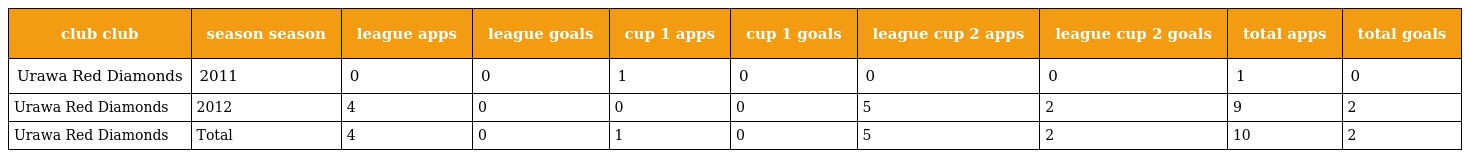
| club club | season season | league apps | league goals | cup 1 apps | cup 1 goals | league cup 2 apps | league cup 2 goals | total apps | total goals |
 | --- | --- | --- | --- | --- | --- | --- | --- | --- | --- |
 | Urawa Red Diamonds | 2011 | 0 | 0 | 1 | 0 | 0 | 0 | 1 | 0 |
 | Urawa Red Diamonds | 2012 | 4 | 0 | 0 | 0 | 5 | 2 | 9 | 2 |
 | Urawa Red Diamonds | Total | 4 | 0 | 1 | 0 | 5 | 2 | 10 | 2 |